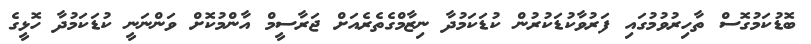
ބޮޑުކަމުގޮސް ތާހިރުވުމުގައި ފަރުވާކުޑަކުރުން ކުޑަކަމުދާ ނިޒާމްގެތެރެއަށް ޖަރާސީމް އާންމުކޮށް ވަންނަނީ ކުޑަކަމުދާ ހޮޅީގެ